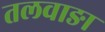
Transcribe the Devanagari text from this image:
तलवाङा